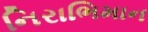
નિરાભિમાન